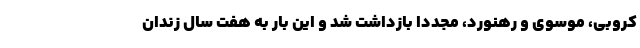
کروبی، موسوی و رهنورد، مجددا بازداشت شد و این بار به هفت سال زندان